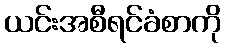
ယင်းအစီရင်ခံစာကို